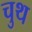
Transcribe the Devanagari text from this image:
चुथ